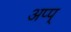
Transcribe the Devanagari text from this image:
अप्प्